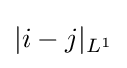
|i-j|_{L^{1}}